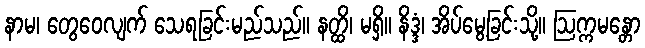
နာမ၊ တွေဝေလျက် သေရခြင်းမည်သည်။ နတ္ထိ၊ မရှိ။ နိဒ္ဒံ၊ အိပ်မွေ့ခြင်းသို့။ ဩက္ကမန္တော